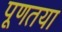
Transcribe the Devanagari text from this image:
पूणतया